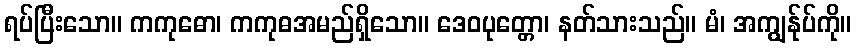
ရပ်ပြီးသော။ ကကုဓော၊ ကကုဓအမည်ရှိသော။ ဒေဝပုတ္တော၊ နတ်သားသည်။ မံ၊ အကျွန်ုပ်ကို။